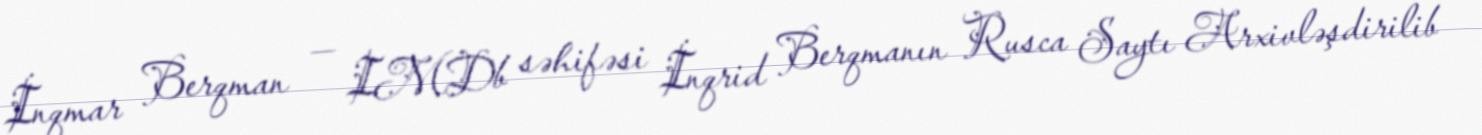
İnqmar Berqman — IMDb səhifəsi İnqrid Berqmanın Rusca Saytı Arxivləşdirilib